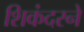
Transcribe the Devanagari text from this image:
शिकंदरने